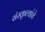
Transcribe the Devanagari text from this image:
संस्कृत्यांचे